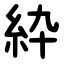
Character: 紣